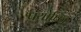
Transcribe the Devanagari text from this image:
पयोष्णि